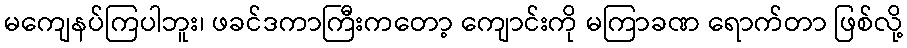
မကျေနပ်ကြပါဘူး၊ ဖခင်ဒကာကြီးကတော့ ကျောင်းကို မကြာခဏ ရောက်တာ ဖြစ်လို့